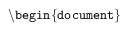
\mathtt { \backslash b e g i n \{ d o c u m e n t \} }